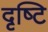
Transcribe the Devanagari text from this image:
दृष्‍टि